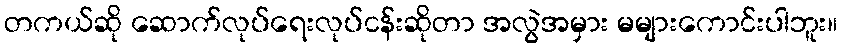
တကယ်ဆို ဆောက်လုပ်ရေးလုပ်ငန်းဆိုတာ အလွဲအမှား မများကောင်းပါဘူး။